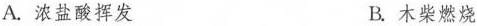
A. 浓盐酸挥发 B. 木柴燃烧